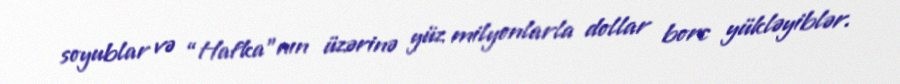
soyublar və “Hafka”nın üzərinə yüz milyonlarla dollar borc yükləyiblər.